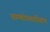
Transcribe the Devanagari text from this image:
थ्राम्बोप्लास्टिन